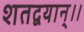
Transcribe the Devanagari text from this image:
शतद्वयान्।।